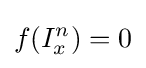
f(I_{x}^{n})=0